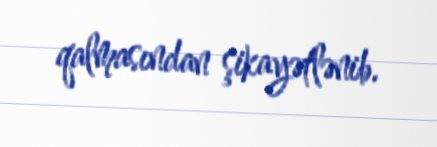
qalmasından şikayətlənib.